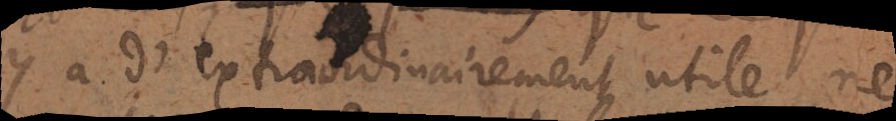
y a d’extraordinairement utile ne